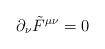
LaTeX: \begin{align*}\partial_\nu\tilde{F}^{\mu\nu}=0\end{align*}